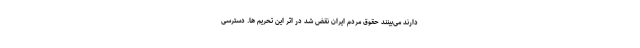
دارند می‌بینند حقوق مردم ایران نقض شد در اثر این تحریم ها. دسترسی